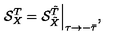
{ \cal S } _ { X } ^ { T } = { \cal S } _ { \tilde { X } } ^ { \tilde { T } } \Big | _ { \tau \rightarrow - \bar { \tau } } ,